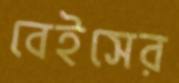
বেইসের